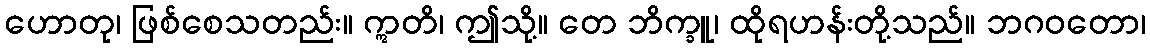
ဟောတု၊ ဖြစ်စေသတည်း။ ဣတိ၊ ဤသို့။ တေ ဘိက္ခူ၊ ထိုရဟန်းတို့သည်။ ဘဂဝတော၊